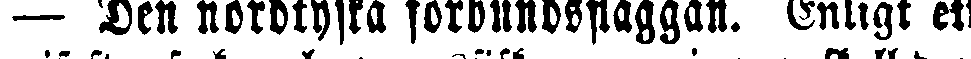
— Den nordtyska förbundsflaggan. Enligt ett